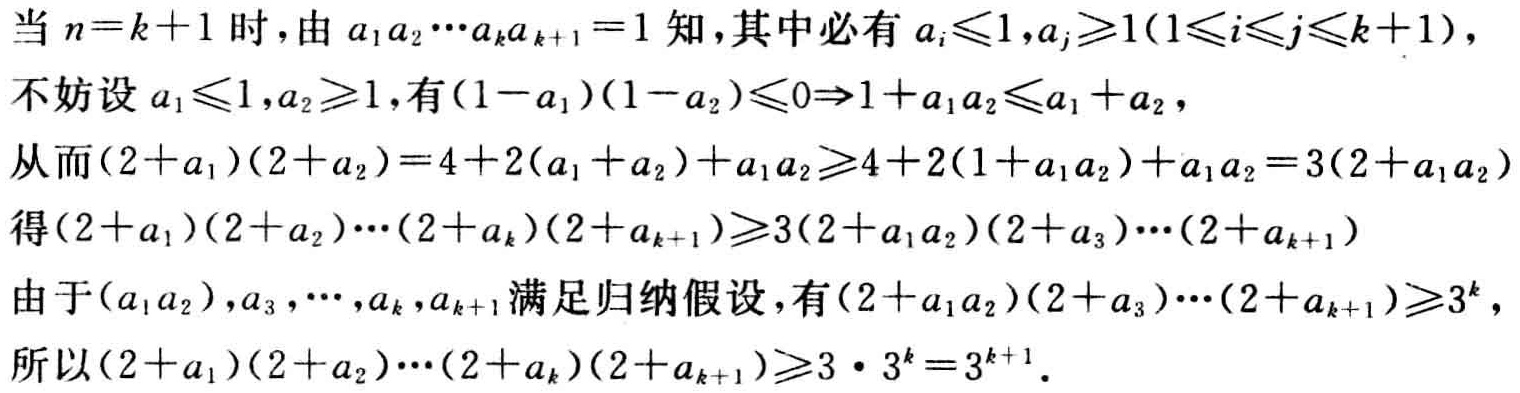
当 \(n = k + 1\) 时，由 \(a_1a_2\cdots a_ka_{k + 1} = 1\) 知，其中必有 \(a_i\leqslant1,a_j\geqslant1(1\leqslant i\leqslant j\leqslant k + 1)\)，

不妨设 \(a_1\leqslant1,a_2\geqslant1\)，有 \((1 - a_1)(1 - a_2)\leqslant0\Rightarrow1 + a_1a_2\leqslant a_1 + a_2\)，

从而 \((2 + a_1)(2 + a_2)=4 + 2(a_1 + a_2)+a_1a_2\geqslant4 + 2(1 + a_1a_2)+a_1a_2 = 3(2 + a_1a_2)\)

得 \((2 + a_1)(2 + a_2)\cdots(2 + a_k)(2 + a_{k + 1})\geqslant3(2 + a_1a_2)(2 + a_3)\cdots(2 + a_{k + 1})\)

由于 \((a_1a_2),a_3,\cdots,a_k,a_{k + 1}\) 满足归纳假设，有 \((2 + a_1a_2)(2 + a_3)\cdots(2 + a_{k + 1})\geqslant3^k\)，

所以 \((2 + a_1)(2 + a_2)\cdots(2 + a_k)(2 + a_{k + 1})\geqslant3\cdot3^k = 3^{k + 1}\)。